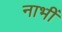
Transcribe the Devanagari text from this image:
नाभीं